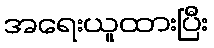
အရေးယူထားပြီး